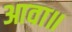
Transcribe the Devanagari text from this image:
आवा॥